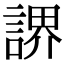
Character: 䛺